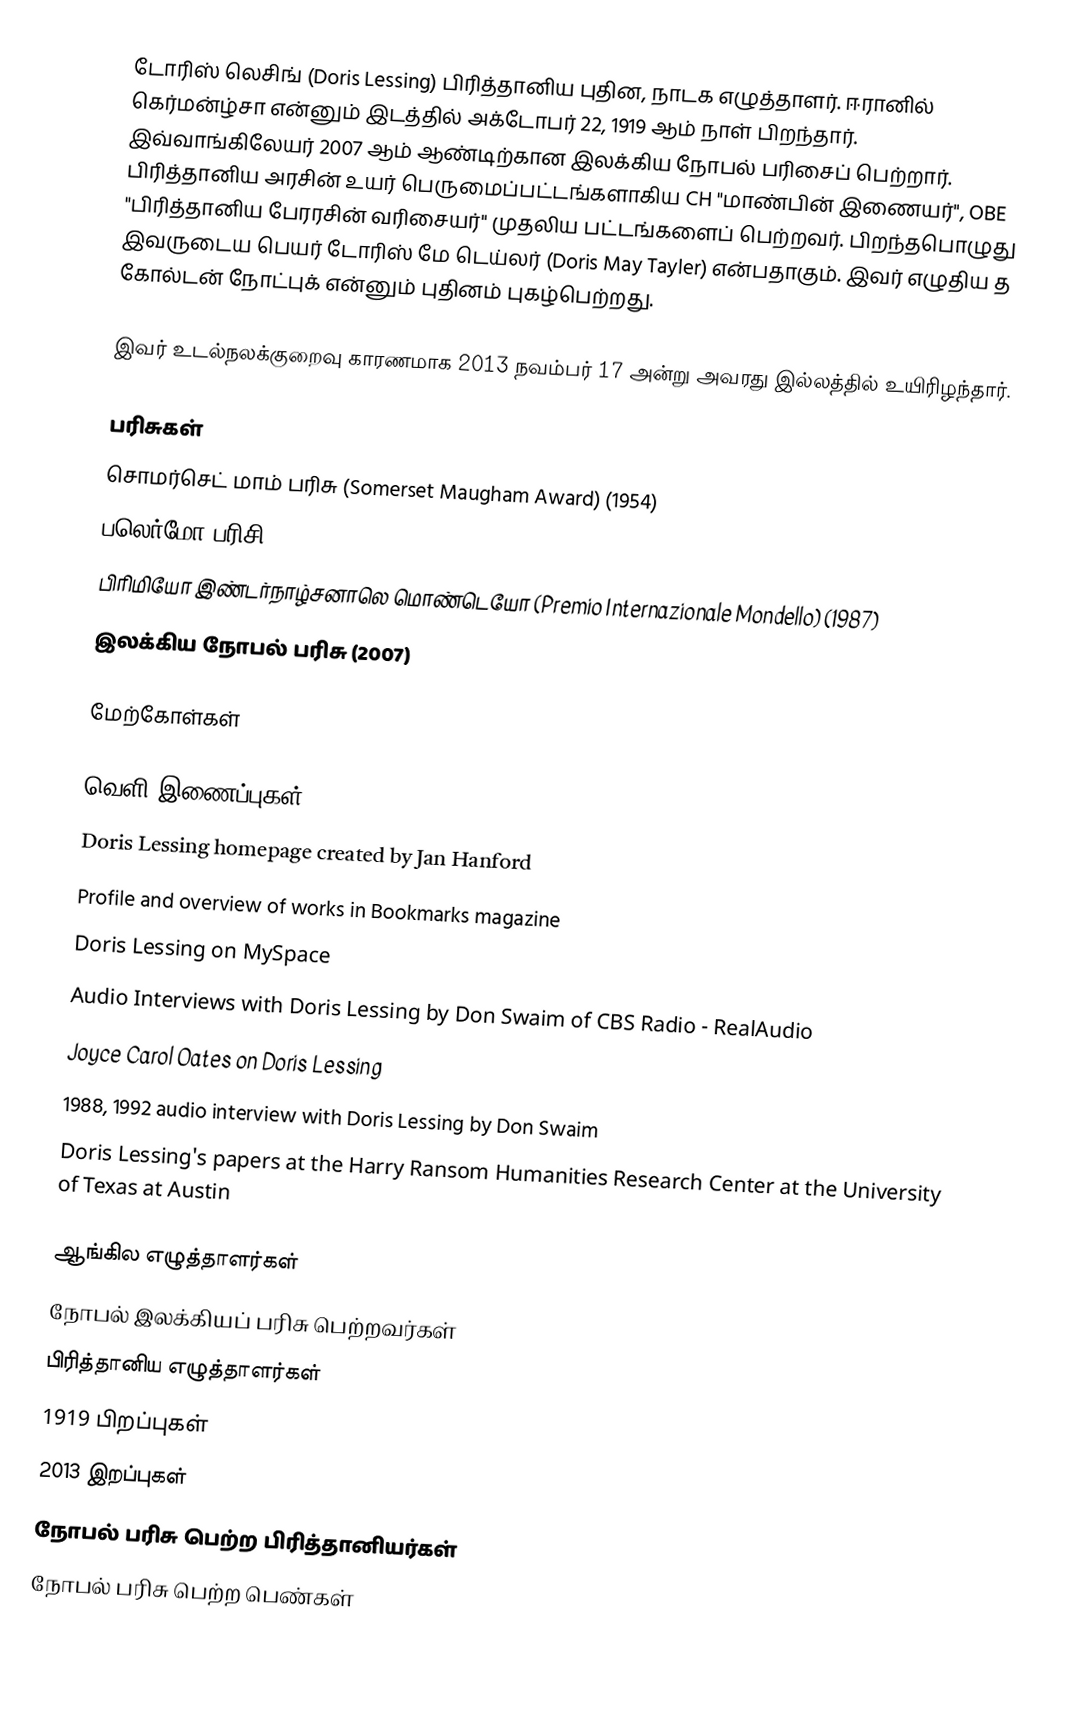
டோரிஸ் லெசிங் (Doris Lessing) பிரித்தானிய புதின, நாடக எழுத்தாளர். ஈரானில் கெர்மன்ழ்சா என்னும் இடத்தில் அக்டோபர் 22, 1919  ஆம் நாள் பிறந்தார். இவ்வாங்கிலேயர் 2007 ஆம் ஆண்டிற்கான இலக்கிய நோபல் பரிசைப் பெற்றார். பிரித்தானிய அரசின் உயர் பெருமைப்பட்டங்களாகிய CH "மாண்பின் இணையர்", OBE  "பிரித்தானிய பேரரசின் வரிசையர்" முதலிய பட்டங்களைப் பெற்றவர். பிறந்தபொழுது இவருடைய பெயர் டோரிஸ் மே டெய்லர் (Doris May Tayler) என்பதாகும். இவர் எழுதிய த கோல்டன் நோட்புக் என்னும் புதினம் புகழ்பெற்றது.

இவர் உடல்நலக்குறைவு காரணமாக 2013 நவம்பர் 17 அன்று அவரது இல்லத்தில் உயிரிழந்தார்.

பரிசுகள்
 சொமர்செட் மாம் பரிசு (Somerset Maugham Award) (1954)
 பலெர்மோ பரிசி (Palermo Prize) (1987)
 பிரிமியோ இண்டர்நாழ்சனாலெ மொண்டெயோ (Premio Internazionale Mondello) (1987)
 இலக்கிய நோபல் பரிசு (2007)

மேற்கோள்கள்

வெளி இணைப்புகள்
 Doris Lessing homepage created by Jan Hanford
 Profile and overview of works  in Bookmarks magazine
 Doris Lessing on MySpace
 Audio Interviews with Doris Lessing by Don Swaim of CBS Radio - RealAudio
 Joyce Carol Oates on Doris Lessing
 1988, 1992 audio interview with Doris Lessing  by Don Swaim
 Doris Lessing's papers at the Harry Ransom Humanities Research Center at the University of Texas at Austin

ஆங்கில எழுத்தாளர்கள்
நோபல் இலக்கியப் பரிசு பெற்றவர்கள்
பிரித்தானிய எழுத்தாளர்கள்
1919 பிறப்புகள்
2013 இறப்புகள்
நோபல் பரிசு பெற்ற பிரித்தானியர்கள்
நோபல் பரிசு பெற்ற பெண்கள்